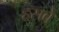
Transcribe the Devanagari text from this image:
हसबे